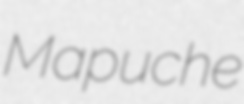
Mapuche